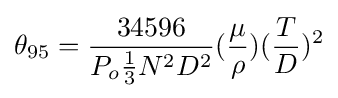
{\theta _{95}}={\frac {34596}{P_{o}{1 \over 3}N^{2}D^{2}}}({\frac {\mu }{\rho }})({\frac {T}{D}})^{2}